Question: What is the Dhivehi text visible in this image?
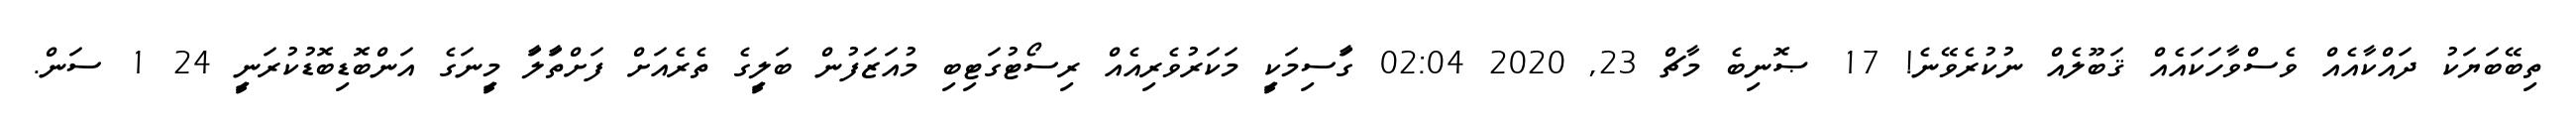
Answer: ތިބޭބަޔަކު ދައްކާއެއް ވެސްވާހަކައެއް ޤަބޫލެއް ނުކުރެވޭނެ! 17 ޞޮނިބެ މާޗް 23, 2020 02:04 ގަާސިމަކިީ މަކަރުވެރިއެއް ރިސޯޓުގަޓިބި މުއަޒަފުން ބަލިީގެ ތެރެއަށް ފަށްތަާލަާ މިީނަގެ އަންބޮޑިބޮޑުކުރަނިީ 24 1 ސަން.